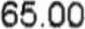
65.00